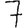
Digit: 7